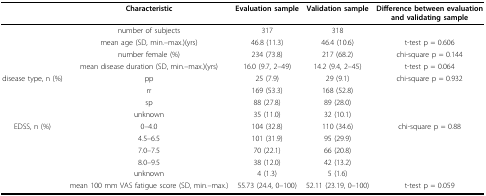
<table><thead><tr><td></td><td><b>Characteristic</b></td><td><b>Evaluation sample</b></td><td><b>Validation sample</b></td><td><b>Difference between evaluation and validating sample</b></td></tr></thead><tbody><tr><td></td><td>number of subjects</td><td>317</td><td>318</td><td></td></tr><tr><td></td><td>mean age (SD, min.—max.)(yrs)</td><td>46.8 (11.3)</td><td>46.4 (10.6)</td><td>t-test p = 0.606</td></tr><tr><td></td><td>number female (%)</td><td>234 (73.8)</td><td>217 (68.2)</td><td>chi-square p = 0.144</td></tr><tr><td></td><td>mean disease duration (SD, min.—max.)(yrs)</td><td>16.0 (9.7, 2—49)</td><td>14.2 (9.4, 2—45)</td><td>t-test p = 0.064</td></tr><tr><td>disease type, n (%)</td><td>pp</td><td>25 (7.9)</td><td>29 (9.1)</td><td>chi-square p = 0.932</td></tr><tr><td></td><td>rr</td><td>169 (53.3)</td><td>168 (52.8)</td><td></td></tr><tr><td></td><td>sp</td><td>88 (27.8)</td><td>89 (28.0)</td><td></td></tr><tr><td></td><td>unknown</td><td>35 (11.0)</td><td>32 (10.1)</td><td></td></tr><tr><td>EDSS, n (%)</td><td>0—4.0</td><td>104 (32.8)</td><td>110 (34.6)</td><td>chi-square p = 0.88</td></tr><tr><td></td><td>4.5—6.5</td><td>101 (31.9)</td><td>95 (29.9)</td><td></td></tr><tr><td></td><td>7.0—7.5</td><td>70 (22.1)</td><td>66 (20.8)</td><td></td></tr><tr><td></td><td>8.0—9.5</td><td>38 (12.0)</td><td>42 (13.2)</td><td></td></tr><tr><td></td><td>unknown</td><td>4 (1.3)</td><td>5 (1.6)</td><td></td></tr><tr><td></td><td>mean 100 mm VAS fatigue score (SD, min.—max.)</td><td>55.73 (24.4, 0—100)</td><td>52.11 (23.19, 0—100)</td><td>t-test p = 0.059</td></tr></tbody></table>